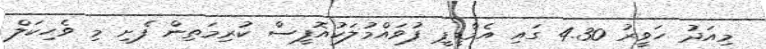
މިއަދު ހަވީރު 4.30 ގައި އެމްޑީޕީ ފުވައްމުލަކުއޮފީސް ކުރިމަތިން ފެށި މި ވެހިކަލް